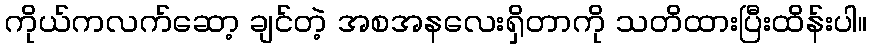
ကိုယ်ကလက်ဆော့ ချင်တဲ့ အစအနလေးရှိတာကို သတိထားပြီးထိန်းပါ။